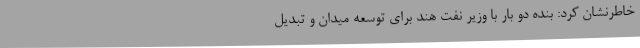
خاطرنشان کرد: بنده دو بار با وزیر نفت هند برای توسعه میدان و تبدیل